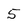
Character: 5